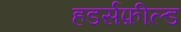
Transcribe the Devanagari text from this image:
हडर्सफ़ील्ड